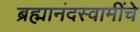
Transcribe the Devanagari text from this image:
ब्रह्मानंदस्वामींचे